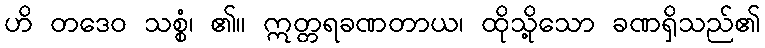
ဟိ တဒေဝ သစ္စံ၊ ၏။ ဣတ္တရခဏတာယ၊ ထိုသို့သော ခဏရှိသည်၏